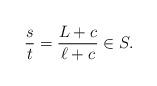
LaTeX: \begin{align*}\frac{s}{t} = \frac{L + c}{ \ell + c} \in S.\end{align*}